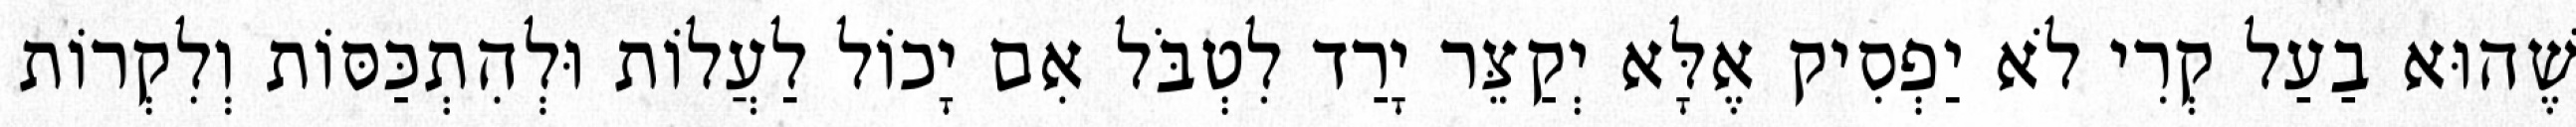
שֶׁהוּא בַעַל קְרִי לֹא יַפְסִיק אֶלָּא יְקַצֵּר יָרַד לִטְבֹּל אִם יָכוֹל לַעֲלוֹת וּלְהִתְכַּסּוֹת וְלִקְרוֹת